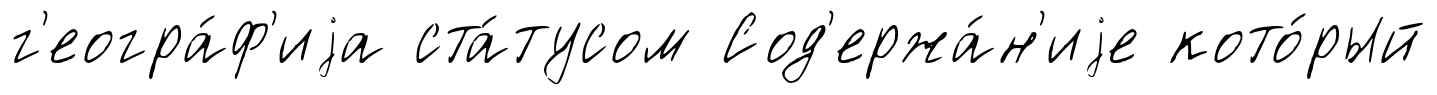
г'еогра́ф'иjа ста́тусом Сод'ержа́н'иjе кото́рый